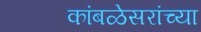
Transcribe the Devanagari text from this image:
कांबळेसरांच्या